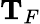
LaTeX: {\mathbf{T}}_{F}